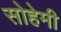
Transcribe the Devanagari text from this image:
सोहेमी